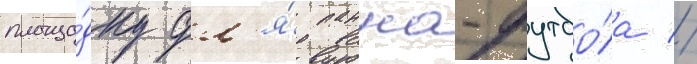
площа́дку дл'я́ панна-футбо́ла //